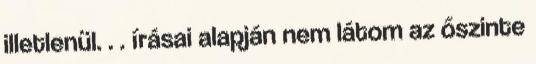
illetlenül. . . írásai alapján nem látom az őszinte